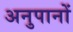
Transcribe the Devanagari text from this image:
अनुपानों